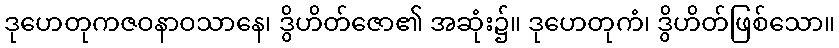
ဒုဟေတုကဇဝနာဝသာနေ၊ ဒွိဟိတ်ဇော၏ အဆုံး၌။ ဒုဟေတုကံ၊ ဒွိဟိတ်ဖြစ်သော။